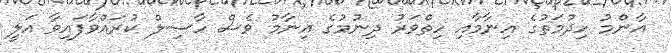
އާންމު ހިދުމަތުގެ އިނާމާއި ހިތްވަރު ދިނުމުގެ އިނާމު ވެސް ހާސިލް ކުރައްވާފައިވާ އަލީ